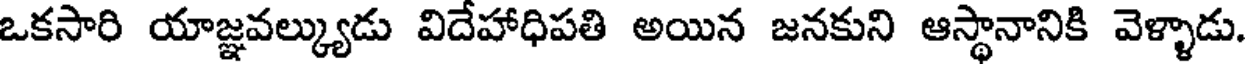
ఒకసారి యాజ్ఞవల్క్యుడు విదేహాధిపతి అయిన జనకుని ఆస్థానానికి వెళ్ళాడు.